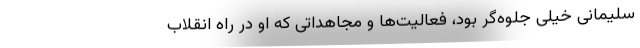
سلیمانی خیلی جلوه‌گر بود، فعالیت‌ها و مجاهداتی که او در راه انقلاب